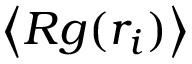
\left\langle R g ( r _ { i } ) \right\rangle